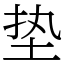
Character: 垫